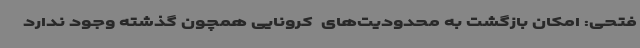
فتحی: امکان بازگشت به محدودیت‌های  کرونایی همچون گذشته وجود ندارد